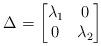
LaTeX: \begin{align*}\Delta = \begin{bmatrix}\lambda_1 & 0 \\ 0 & \lambda_2\end{bmatrix}\end{align*}